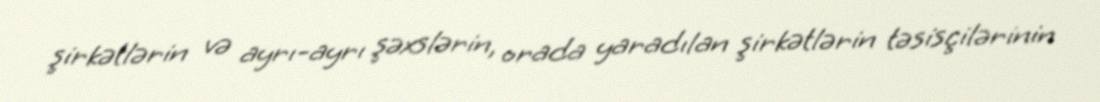
şirkətlərin və ayrı-ayrı şəxslərin, orada yaradılan şirkətlərin təsisçilərinin